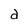
Character: d